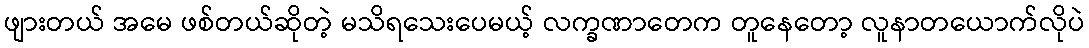
ဖျားတယ် အမေ ဖစ်တယ်ဆိုတဲ့ မသိရသေးပေမယ့် လက္ခဏာတေက တူနေတော့ လူနာတယောက်လိုပဲ